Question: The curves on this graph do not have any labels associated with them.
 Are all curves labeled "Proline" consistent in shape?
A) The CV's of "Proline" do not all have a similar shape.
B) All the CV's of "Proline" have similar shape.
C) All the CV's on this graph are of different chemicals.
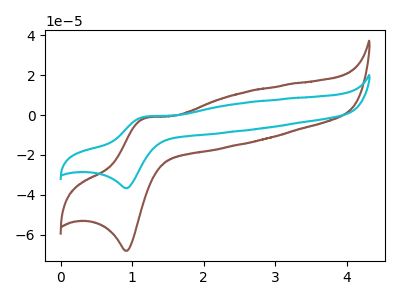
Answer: <think>The brown curve "brown" has an anodic peak at (1.20V, -1.55uA) and a cathodic peak at (0.95V, -68.05uA). The cyan curve "cyan" has an anodic peak at (1.20V, -0.85uA) and a cathodic peak at (0.95V, -36.65uA).
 All the peaks in "brown" have a peak in "cyan" at the same potential.</think>
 <answer>B) All the CV's of "Proline" have similar shape.</answer>
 <eval>B</eval>